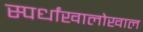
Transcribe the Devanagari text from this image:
स्पर्धांखालोखाल